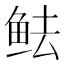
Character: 𱇜